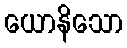
ယောနိသော